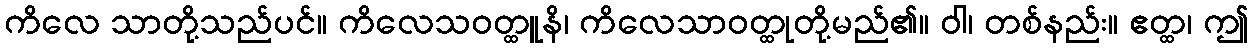
ကိလေ သာတို့သည်ပင်။ ကိလေသဝတ္ထူနိ၊ ကိလေသာဝတ္ထုတို့မည်၏။ ဝါ၊ တစ်နည်း။ ဧတ္ထ၊ ဤ